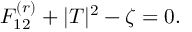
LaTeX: F _ { 1 2 } ^ { ( r ) } + | T | ^ { 2 } - \zeta = 0 .